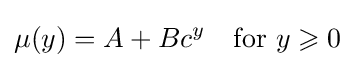
\mu (y)=A+Bc^{y}\quad {\text{for }}y\geqslant 0